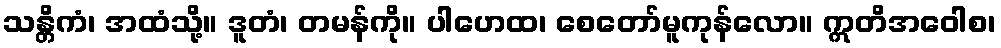
သန္တိကံ၊ အထံသို့။ ဒူတံ၊ တမန်ကို။ ပါဟေထ၊ စေတော်မူကုန်လော။ ဣတိအဝေါစ၊